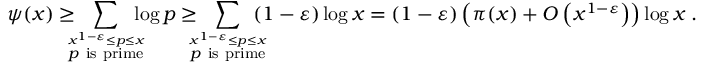
\psi ( x ) \geq \! \! \! \! \sum _ { \stackrel { x ^ { 1 - \varepsilon } \leq p \leq x } { p { \mathrm { ~ i s ~ p r i m e } } } } \! \! \! \! \log p \geq \! \! \! \! \sum _ { \stackrel { x ^ { 1 - \varepsilon } \leq p \leq x } { p { \mathrm { ~ i s ~ p r i m e } } } } \! \! \! \! ( 1 - \varepsilon ) \log x = ( 1 - \varepsilon ) \left( \pi ( x ) + O \left( x ^ { 1 - \varepsilon } \right) \right) \log x \; .